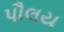
પૌલય